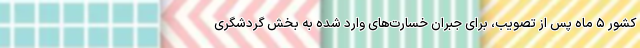
کشور ۵ ماه پس از تصویب، برای جبران خسارت‌های وارد شده به بخش گردشگری